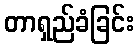
တာရှည်ခံခြင်း